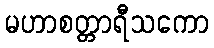
မဟာစတ္တာရီသကော